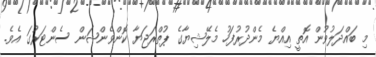
މި ބައްދަލުވުން އޮތީ އިއްޔެ މެންދުރުފަހު މެލޭޝިޔާގެ ޕުތްރަޖަޔާ ކޮންވެންޝަން ސެންޓަރުގަ އެވެ.